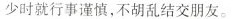
少时就行事谨慎，不胡乱结交朋友。